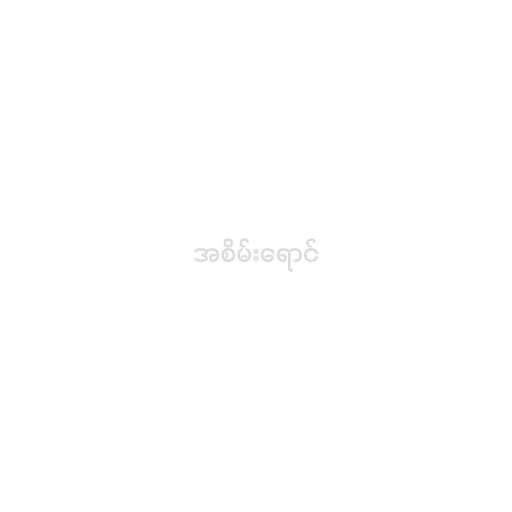
အစိမ်းရောင်